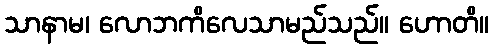
သာနာမ၊ လောဘကိလေသာမည်သည်။ ဟောတိ။